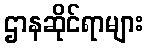
ဌာနဆိုင်ရာများ